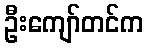
ဦးကျော်တင်က